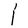
Character: l